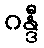
ဂန္ဒီ